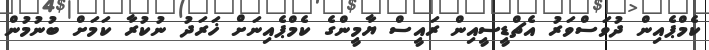
ކެމްޕެއިން ދުވަސްވަރު އެޗްޑީސީއިން ރައީސް ޔާމީންގެ ކެމްޕެއިނަށް ޚަރަދު ނުކުރާ ކަމަށް ބުނުމުން